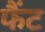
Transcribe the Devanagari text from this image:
फैंट